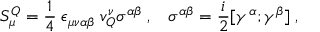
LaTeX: S _ { \mu } ^ { Q } = \frac { 1 } { 4 } \; \epsilon _ { \mu \nu \alpha \beta } \; v _ { Q } ^ { \nu } \sigma ^ { \alpha \beta } \; , \; \; \; \sigma ^ { \alpha \beta } = \frac { i } { 2 } [ \gamma ^ { \alpha } ; \gamma ^ { \beta } ] \; ,